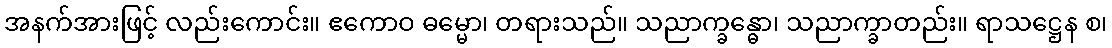
အနက်အားဖြင့် လည်းကောင်း။ ဧကောဝ ဓမ္မော၊ တရားသည်။ သညာက္ခန္ဓော၊ သညာက္ခာတည်း။ ရာသဋ္ဌေန စ၊